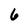
Character: 6